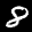
Label: 8